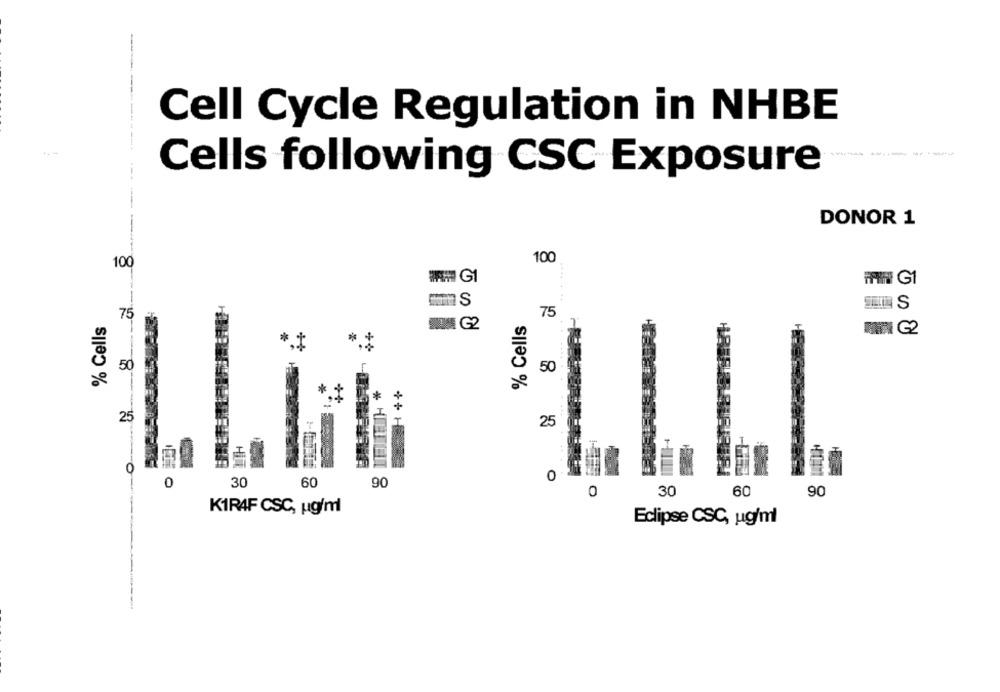
Cell Cycle Regulation in NHBE
Cells following CSC Exposure
DONOR 1
100
100
WW GI
PAIN G1
75
75
% Cells
% Cells
NIM G2
**
**
50
50
*
25
25
++ H
0
o-
0
30
60
90
0
30
60
90
K1RAF CSC, ug/ml
Eclipse CSC, ug/ml